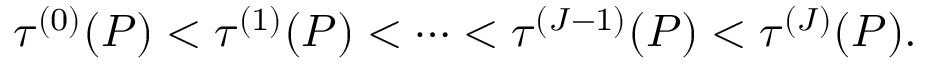
\tau ^ { ( 0 ) } ( P ) < \tau ^ { ( 1 ) } ( P ) < \cdots < \tau ^ { ( J - 1 ) } ( P ) < \tau ^ { ( J ) } ( P ) .